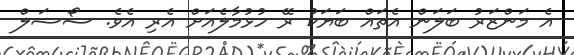
އެ މަންޒަރު ބަލަން އެތައް ބަޔަކު ރޭ ހުޅުމާލެއަށް އެރި އެވެ. ސޯޝަލް